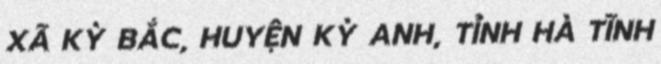
XÃ KỲ BẮC, HUYỆN KỲ ANH, TỈNH HÀ TĨNH